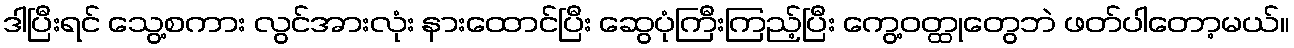
ဒါပြီးရင် သွေ့စကား လွင်အားလုံး နားထောင်ပြီး ဆွေပုံကြီးကြည့်ပြီး ကွေ့ဝတ္ထုတွေဘဲ ဖတ်ပါတော့မယ်။